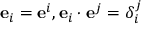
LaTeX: \mathbf { e } _ { i } = \mathbf { e } ^ { i } , \mathbf { e } _ { i } \cdot \mathbf { e } ^ { j } = \delta _ { i } ^ { j }